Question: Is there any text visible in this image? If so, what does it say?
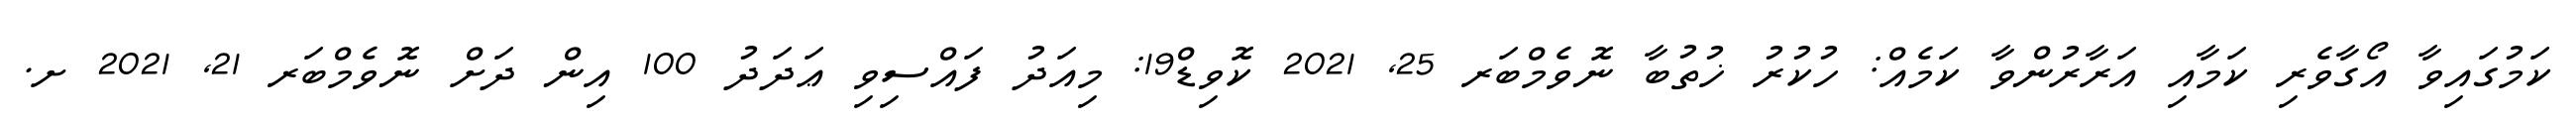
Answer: ކަމުގައިވާ އޯގާވެރި ކަމާއި އަރާރުންވާ ކަމެއް: ހުކުރު ޚުތުބާ ނޮވެމްބަރ 25, 2021 ކޮވިޑް19: މިއަދު ފައްސިވި ޢަދަދު 100 އިން ދަށް ނޮވެމްބަރ 21, 2021 ށ.